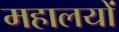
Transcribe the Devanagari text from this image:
महालयों